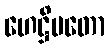
ဟေဋ္ဌိမတော